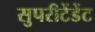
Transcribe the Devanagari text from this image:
सुपरीटेंडेंट